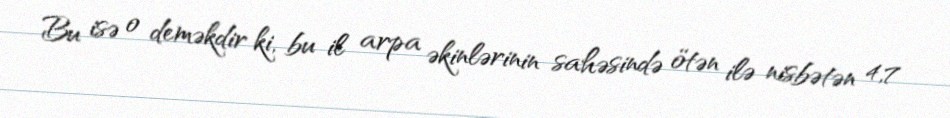
Bu isə o deməkdir ki, bu il arpa əkinlərinin sahəsində ötən ilə nisbətən 4,7